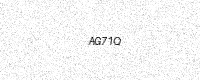
Text: AG71Q